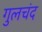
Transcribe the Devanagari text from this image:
गुलचंद